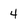
Character: 4